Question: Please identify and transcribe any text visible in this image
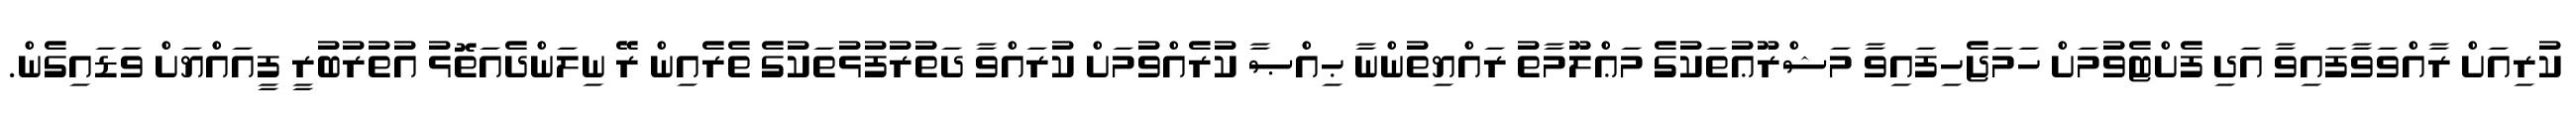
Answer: ކުރިއަށް ރާއްވަވާފައިވާ އަދި ފެށްޓެވުމަށް ހަމަޖެހިފައިވާ މަޝްރޫޢުތަކުގެ މަޢްލޫމާތު ރައްޔިތުންނާ ޙިއްޞާ ކުރެއްވުމަށް ކުރައްވާ ދަތުރުފުޅުތަކުގެ ތެރެއިން ރޭ ނިލަންދެއަތޮޅު އުތުރުބުރީ ފީއައްޔަށް ވަޑައިގެން.